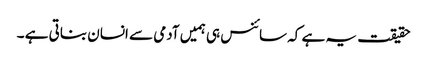
حقیقت یہ ہے کہ سائنس ہی ہمیں آدمی سے انسان بناتی ہے ۔